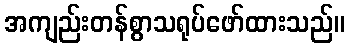
အကျည်းတန်စွာသရုပ်ဖော်ထားသည်။